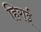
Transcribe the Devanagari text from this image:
हिराई